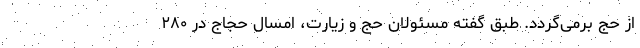
از حج برمی‌گردد. طبق گفته مسئولان حج و زیارت، امسال حجاج‌ در ۲۸۰